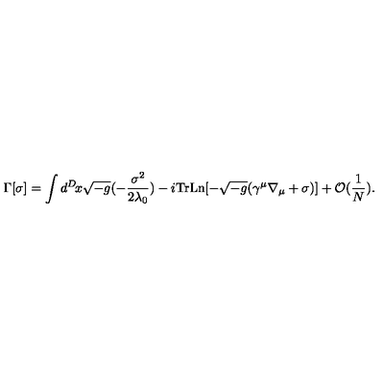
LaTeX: \Gamma [ \sigma ] = \int d ^ { D } \! x \sqrt { - g } ( - \frac { \sigma ^ { 2 } } { 2 \lambda _ { 0 } } ) - i \mathrm { T r } \mathrm { L n } [ - \sqrt { - g } ( \gamma ^ { \mu } \nabla _ { \mu } + \sigma ) ] + { \cal O } ( \frac { 1 } { N } ) .